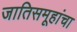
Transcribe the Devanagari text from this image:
जातिसमूहांचा